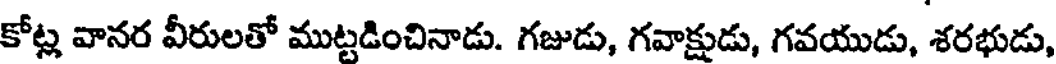
కోట్ల వానర వీరులతో ముట్టడించినాడు. గజుడు, గవాక్షుడు, గవయుడు, శరభుడు,